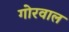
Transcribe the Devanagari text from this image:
गोरवाल